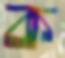
ক